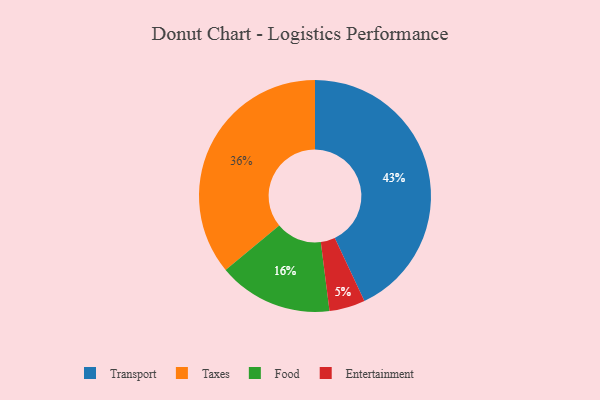
{"axis": {"x": "Category", "y": "Percentage"}, "legend": ["Entertainment", "Food", "Taxes", "Transport"], "data": [{"x": "Taxes", "y": 36, "type": "Taxes"}, {"x": "Food", "y": 16, "type": "Food"}, {"x": "Entertainment", "y": 5, "type": "Entertainment"}, {"x": "Transport", "y": 43, "type": "Transport"}]}